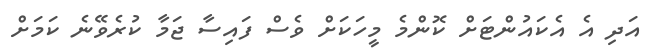
އަދި އެ އެކައުންޓަށް ކޮންމެ މީހަކަށް ވެސް ފައިސާ ޖަމާ ކުރެވޭނެ ކަމަށް